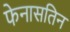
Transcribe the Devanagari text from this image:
फेनासतिन